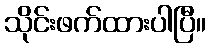
သိုင်းဖက်ထားပါပြီ။